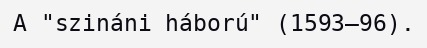
A "szináni háború" (1593–96).